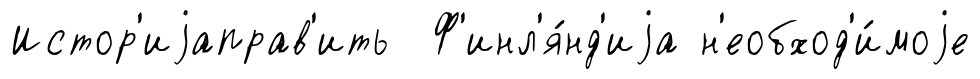
Истор'иjаправ'ить Ф'инл'я́нд'иjа н'еобход'и́моjе